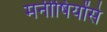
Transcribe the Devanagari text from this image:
मनीषियोंसे